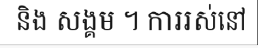
និង សង្គម ។ ការរស់នៅ